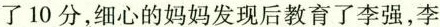
了10分，细心的妈妈发现后教育了李强，李